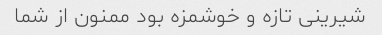
شیرینی تازه و خوشمزه بود ممنون از شما